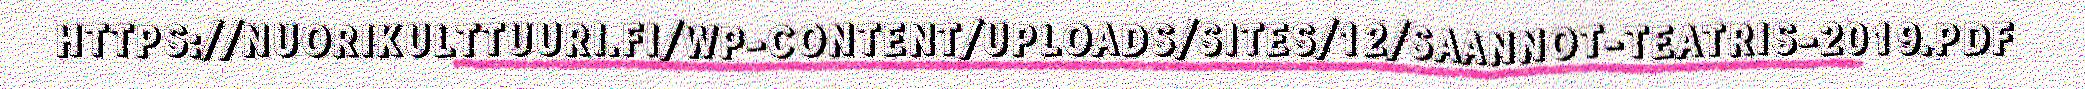
HTTPS://NUORIKULTTUURI.FI/WP-CONTENT/UPLOADS/SITES/12/SAANNOT-TEATRIS-2019.PDF